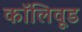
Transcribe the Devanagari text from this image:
कॉलिवूड